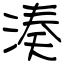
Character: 湊